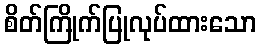
စိတ်ကြိုက်ပြုလုပ်ထားသော